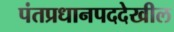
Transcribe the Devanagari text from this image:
पंतप्रधानपददेखील